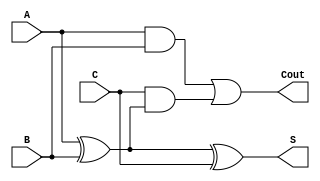
module fullAdderAssign(A,B,C,S,Cout);
	input A,B,C;
	output Cout,S;
	wire w1,w2;

assign S=A^B^C;
assign Cout = (A & B) | (C & (A ^ B));
endmodule

module fullAdder_stimulus_generator(x,y,z);
	output reg x,y,z;
	
	initial
	begin
		x=0;
		y=0;
		z=0;
		
		$dumpfile("fullAdder.vcd");
		$dumpvars;
		
		x=0; y=0; z=0;
		#2
		x=0; y=0; z=1;
		#2
		x=0; y=1; z=0;
		#2
		x=0; y=1; z=1;
		#2
		x=1; y=0; z=0;
		#2
		x=1; y=0; z=1;
		#2
		x=1; y=1; z=0;
		#2
		x=1; y=1; z=1;
		#2
		
		$finish;
	end
endmodule


module fullAdder_testbench();
	wire X,Y,Z;

	fullAdderAssign FA(X,Y,Z,S,C);
	fullAdder_stimulus_generator FASG(X,Y,Z);
endmodule